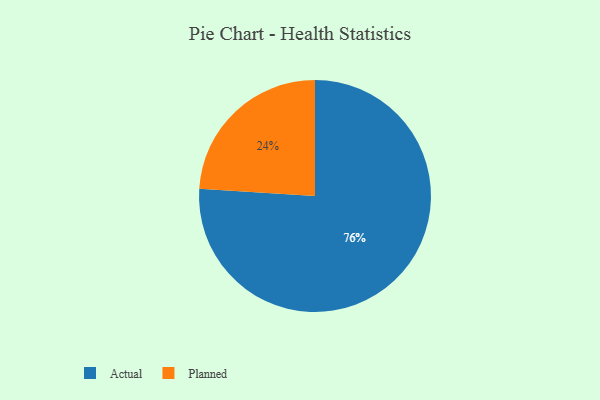
{"axis": {"x": "Category", "y": "Percentage"}, "legend": ["Actual", "Planned"], "data": [{"x": "Actual", "y": 76, "type": "Actual"}, {"x": "Planned", "y": 24, "type": "Planned"}]}